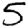
Digit: 5